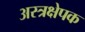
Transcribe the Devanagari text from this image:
अस्त्रक्षेपक